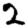
Digit: 2